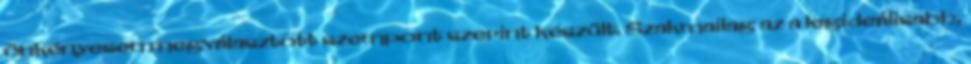
önkényesen megválasztott szempont szerint készült. Szakmailag az a legideálisabb,